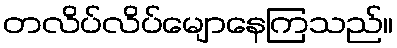
တလိပ်လိပ်မျောနေကြသည်။